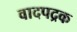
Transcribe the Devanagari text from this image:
वादपद्रक